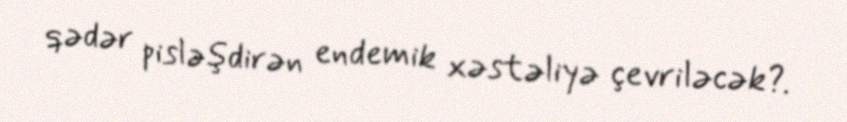
qədər pisləşdirən endemik xəstəliyə çevriləcək?.